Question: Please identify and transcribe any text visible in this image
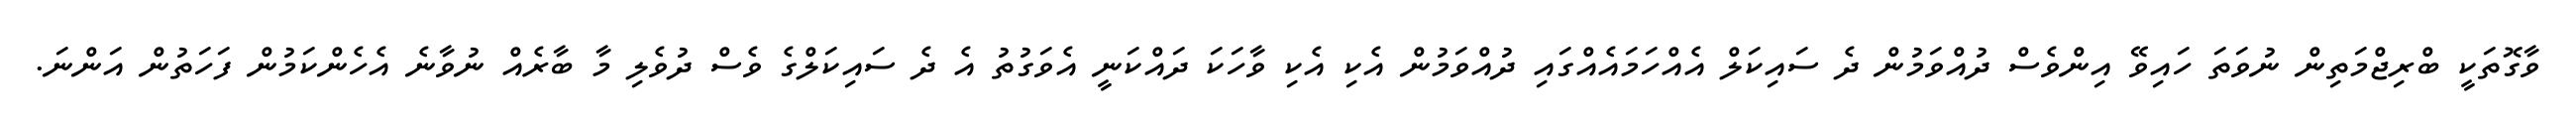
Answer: ވާގޮތަކީ ބްރިޖްމަތިން ނުވަތަ ހައިވޭ އިންވެސް ދުއްވަމުން ދެ ސައިކަލް އެއްހަމައެއްގައި ދުއްވަމުން އެކި އެކި ވާހަކަ ދައްކަނީ އެވަގުތު އެ ދެ ސައިކަލްގެ ވެސް ދުވެލި މާ ބާރެއް ނުވާނެ އެހެންކަމުން ފަހަތުން އަންނަ.